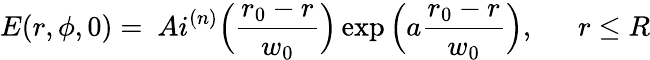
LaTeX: E(r,\phi,0)=\ Ai^{(n)}\Big(\frac{r_{0}-r}{w_{0}}\Big)\exp\Big(a\frac{r_{0}-r}{w_{0}}\Big),~~~~~~r\leq R